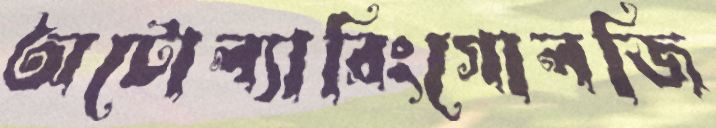
অটোল্যারিংগোলজি